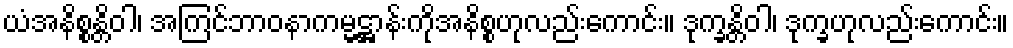
ယံအနိစ္စန္တိဝါ၊ အကြင်ဘာဝနာကမ္မဋ္ဌာန်းကိုအနိစ္စဟုလည်းကောင်း။ ဒုက္ခန္တိဝါ၊ ဒုက္ခဟုလည်းကောင်း။